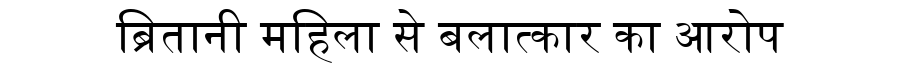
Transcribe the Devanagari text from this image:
ब्रितानी महिला से बलात्कार का आरोप